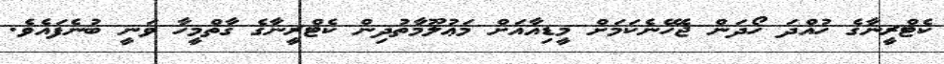
ކެޓްރީނާގެ ހުއްދަ ހޯދަން ޖެހޭނެކަމަށް މީޑިއާއަށް މަޢުލޫމާތުދިން ކެޓްރީނާގެ ގާތްމީހާ ވަނީ ބުނެފައެވެ.